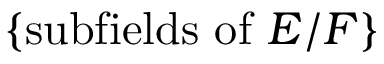
\{ { \mathrm { s u b f i e l d s ~ o f ~ } } E / F \}